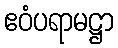
ဧဝံပရာမဋ္ဌာ